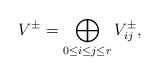
LaTeX: \begin{align*}V^{\pm} = \bigoplus_{0\leq i\leq j\leq r} V_{ij}^\pm,\end{align*}